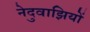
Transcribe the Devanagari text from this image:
नेदुवाझियों